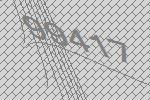
99417